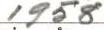
1958